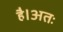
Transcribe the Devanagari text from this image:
है।अतः